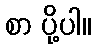
စာ ပို့ပါ။